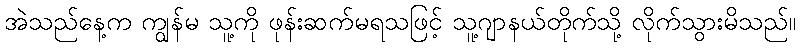
အဲသည်နေ့က ကျွန်မ သူ့ကို ဖုန်းဆက်မရသဖြင့် သူ့ဂျာနယ်တိုက်သို့ လိုက်သွားမိသည်။